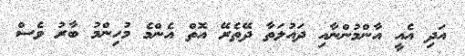
އަދި އެއީ އާންމުންނާއި ދައުލަތާ ދޭތެރޭ އޮތް އެންމެ މުހިންމު ބާރު ވެސް